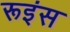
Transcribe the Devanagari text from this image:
रूइंस